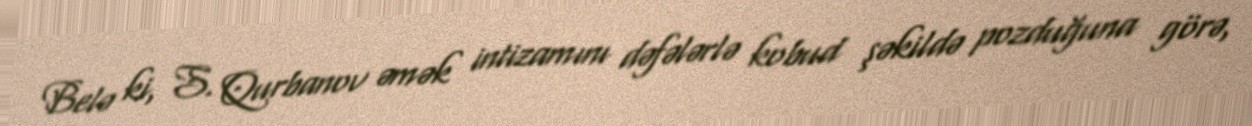
Belə ki, S. Qurbanov əmək intizamını dəfələrlə kobud şəkildə pozduğuna görə,